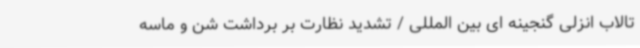
تالاب انزلی گنجینه ای بین المللی / تشدید نظارت بر برداشت شن و ماسه